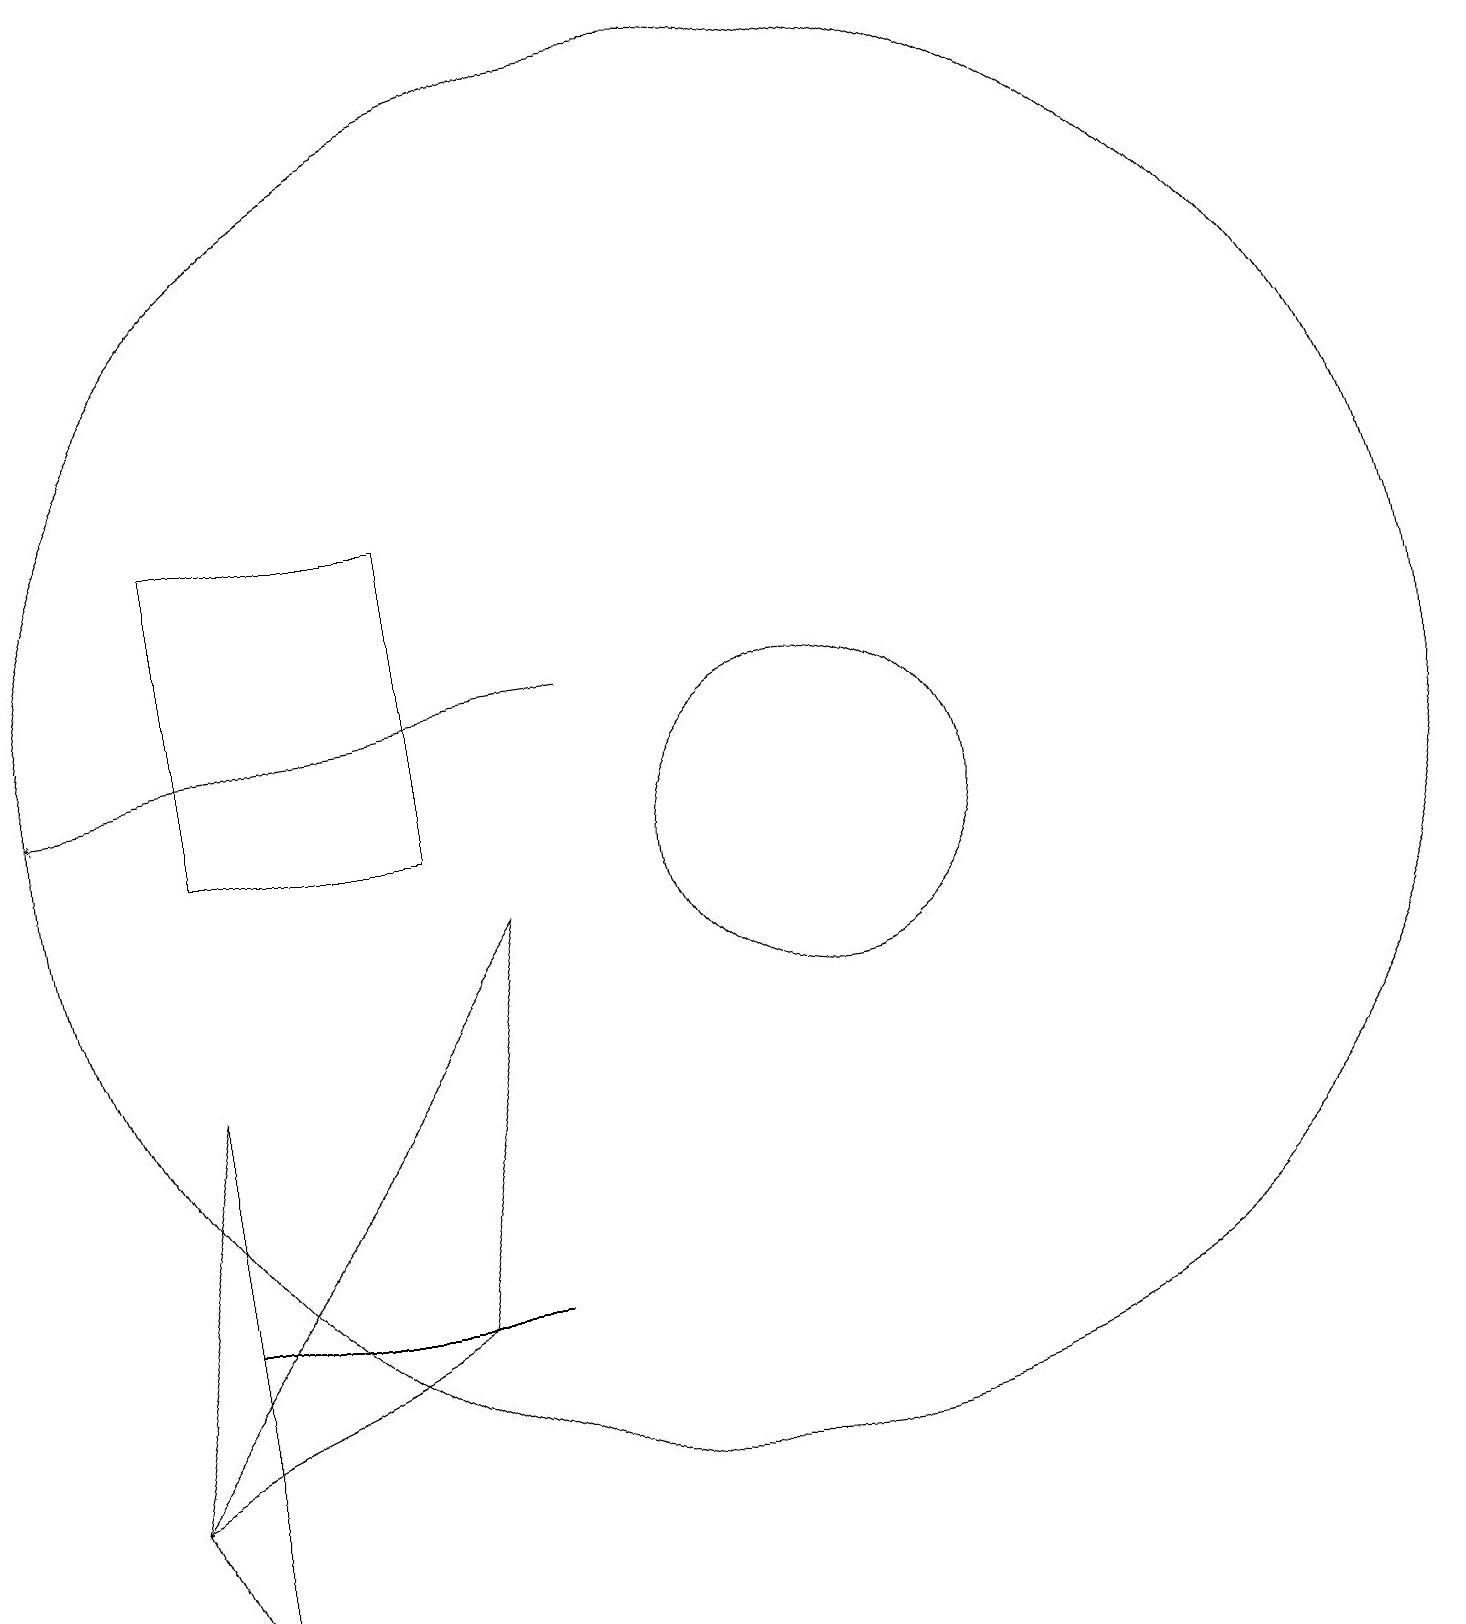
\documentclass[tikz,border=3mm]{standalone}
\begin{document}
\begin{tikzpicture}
\draw (7,14) rectangle (4,10);
\draw (4,4) -- (5,4) -- (8,4) -- cycle;
\draw (11,11) circle (9);
\draw (7,4) -- (8,9) -- (3,2) -- cycle;
\draw[->] (9,12) -- (2,11);
\draw (4,0) -- (3,2) -- (4,7) -- cycle;
\draw (12,10) circle (2);
\draw (12,10) circle (0);
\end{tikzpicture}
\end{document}